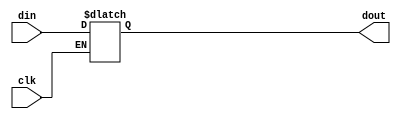
module ftl2(dout, clk, din);

parameter upper=0, lower=0; // default width of output
parameter width = upper - lower + 1;

output [upper:lower] dout;  // data out
input                clk;   // clock
input  [upper:lower] din;   // data in

reg    [upper:lower] dout_pre;
wire   [upper:lower] dout;


// avoid "non-blocking" assignments warning in conv'ed blocks
// @hdl ichecks_off 68
// leda SYN9_5 off
// leda W410 off
// leda FM_2_15 off
// XPROP_IF2 is the old name for the Leda rule. XPROP_IF2FFd is the new name for this particular violation. Keep both just to be able to use either leda version
// leda XPROP_IF2 off
// leda XPROP_IF2FFd off
//! latch
always @*
    if (~clk) 
        dout_pre[upper:lower] <= din[upper:lower];

assign dout[upper:lower] = dout_pre[upper:lower];

// leda SYN9_5 on
// leda W410 on
// leda FM_2_15 on
// leda XPROP_IF2FFd on
// leda XPROP_IF2 on
// @hdl ichecks_on

endmodule